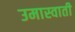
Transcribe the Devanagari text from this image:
उमास्वाती